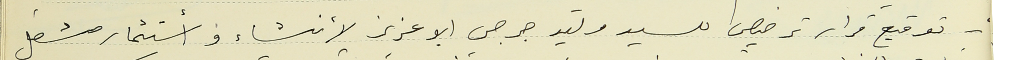
- توقيع قرار ترخيص للسيد وليد جرجس ابو عزيز لأنشاء وأستثمار مشغل